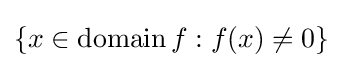
\{x\in \operatorname {domain} f:f(x)\neq 0\}